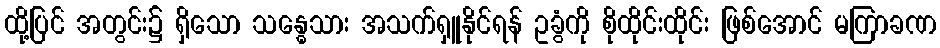
ထို့ပြင် အတွင်း၌ ရှိသော သန္ဓေသား အသက်ရှူနိုင်ရန် ဥခွံကို စိုထိုင်းထိုင်း ဖြစ်အောင် မကြာခဏ